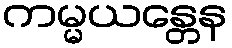
ကမ္မယန္တေန